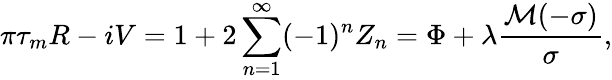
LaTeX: \pi\tau_{m}R-iV=1+2\sum_{n=1}^{\infty}(-1)^{n}Z_{n}=\Phi+\lambda\frac{\mathcal M(-\sigma)}\sigma,